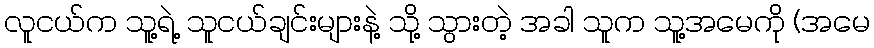
လူငယ်က သူ့ရဲ့ သူငယ်ချင်းများနဲ့ သို့ သွားတဲ့ အခါ သူက သူ့အမေကို (အမေ